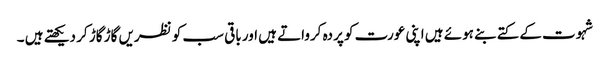
شہوت کے کتے بنے ہوئے ہیں اپنی عورت کو پردہ کرواتے ہیں اور باقی سب کو نظریں گاڑ گاڑ کر دیکھتے ہیں ۔